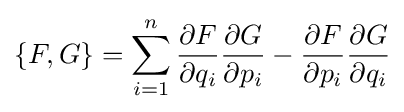
\{F,G\}=\sum _{i=1}^{n}{\frac {\partial F}{\partial q_{i}}}{\frac {\partial G}{\partial p_{i}}}-{\frac {\partial F}{\partial p_{i}}}{\frac {\partial G}{\partial q_{i}}}